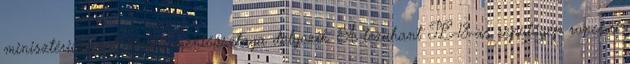
minisztérium különleges mentőosztaga dolgozik. A lezuhant IL-18-as repülőgép roncsai